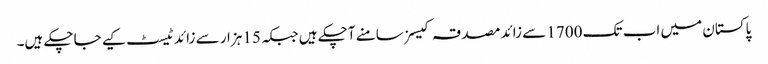
پاکستان میں اب تک 1700 سے زائد مصدقہ کیسز سامنے آچکے ہیں جبکہ 15 ہزار سے زائد ٹیسٹ کیے جاچکے ہیں۔